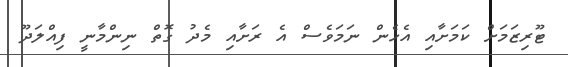
ޓޫރިޒަމަށް ކަމަށާާއި އެހެން ނަމަވެސް އެ ރަށާއި މެދު ގޮތް ނިންމާނީ ފިއްލަދޫ